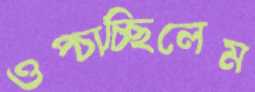
ওপ্‌চাচ্ছিলেম